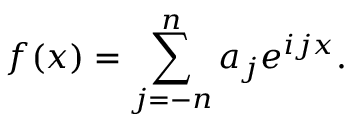
f ( x ) = \sum _ { j = - n } ^ { n } a _ { j } e ^ { i j x } .